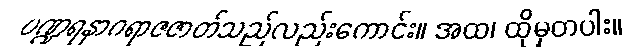
ပဏ္ဍရနာဂရာဇဇာတ်သည်လည်းကောင်း။ အထ၊ ထိုမှတပါး။